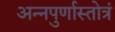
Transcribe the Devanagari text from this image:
अन्नपुर्णास्तोत्रं